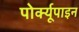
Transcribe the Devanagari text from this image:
पोर्क्यूपाइन